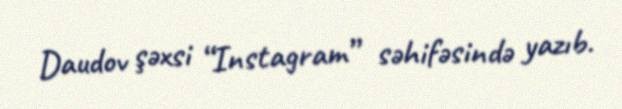
Daudov şəxsi “Instagram” səhifəsində yazıb.